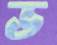
ভ